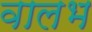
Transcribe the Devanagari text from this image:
वालभ